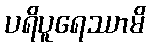
ပရိပူရေဿာမိ